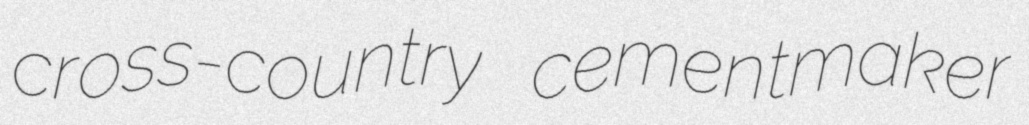
cross-country cementmaker